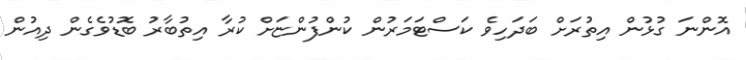
އޮންނަ ގުޅުން އިތުރަށް ބަދަހިވެ ކަސްޓަމަރުން ކުންފުންޏަށް ކުރާ އިތުބާރު ބޮޑުވެގެން ދިއުން